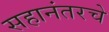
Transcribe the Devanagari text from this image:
सहानंतरचे